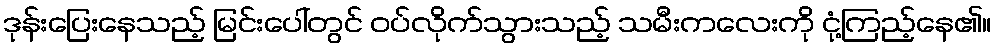
ဒုန်းပြေးနေသည့် မြင်းပေါ်တွင် ဝပ်လိုက်သွားသည့် သမီးကလေးကို ငုံ့ကြည့်နေ၏။